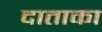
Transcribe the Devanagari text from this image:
दाताका